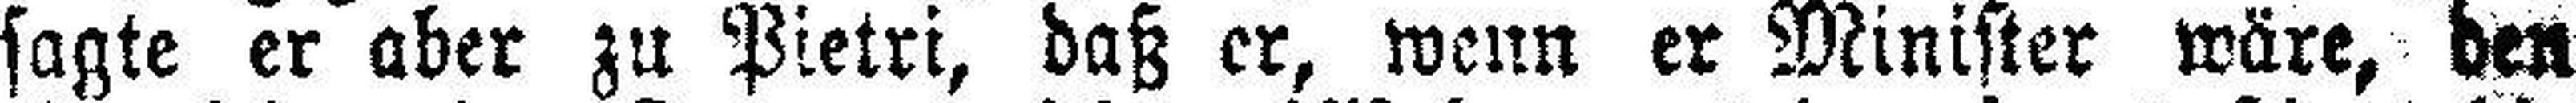
sagte er aber zu Pietri, daß er, wenn er Minister wäre, den